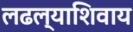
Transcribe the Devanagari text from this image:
लढल्याशिवाय